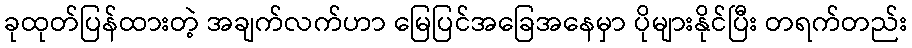
ခုထုတ်ပြန်ထားတဲ့ အချက်လက်ဟာ မြေပြင်အခြေအနေမှာ ပိုများနိုင်ပြီး တရက်တည်း